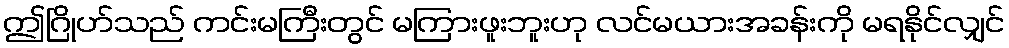
ဤဂြိုဟ်သည် ကင်းမကြီးတွင် မကြားဖူးဘူးဟု လင်မယားအခန်းကို မရနိုင်လျှင်